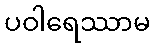
ပဝါရေဿာမ